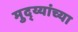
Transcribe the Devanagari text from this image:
मुद्य्यांच्या